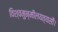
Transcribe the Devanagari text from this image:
विश्वमुन्मीलयत्यसौ।